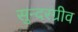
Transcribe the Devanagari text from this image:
सुन्दरग्रीव